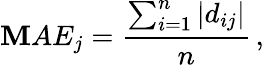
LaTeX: \mathbf{M}AE_{j}=\frac{{\sum_{i=1}^{n}|d_{ij}|}}{{n}}\, ,